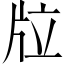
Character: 𤖹